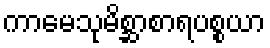
ကာမေသုမိစ္ဆာစာရပစ္စယာ